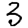
Digit: 3